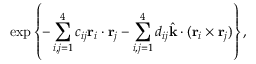
\exp \left\{ - \sum _ { i , j = 1 } ^ { 4 } c _ { i j } \mathrm { \bf r } _ { i } \cdot \mathrm { \bf r } _ { j } - \sum _ { i , j = 1 } ^ { 4 } d _ { i j } \hat { \mathrm { \bf k } } \cdot ( \mathrm { \bf r } _ { i } \times \mathrm { \bf r } _ { j } ) \right\} ,